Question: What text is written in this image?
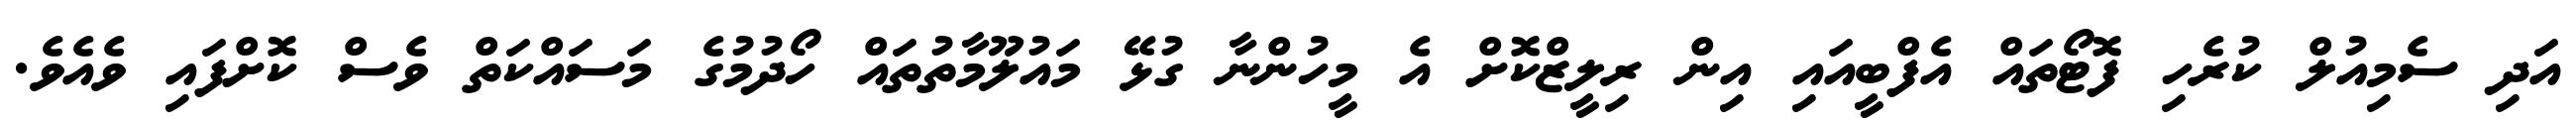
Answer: އަދި ސެމިއުލް ކުރެހި ފޮޓޯތައް އެފްބީއައި އިން ރިލީޒްކޮށް އެ މީހުންނާ ގުޅޭ މައުލޫމާތުތައް ހޯދުމުގެ މަސައްކަތް ވެސް ކޮށްފައި ވެއެވެ.